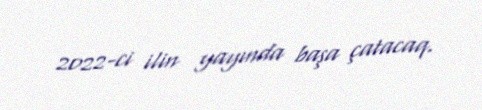
2022-ci ilin yayında başa çatacaq.